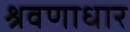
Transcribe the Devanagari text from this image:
श्रवणाधार